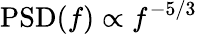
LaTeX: \mathrm{PSD}(f)\propto f^{-5/3}